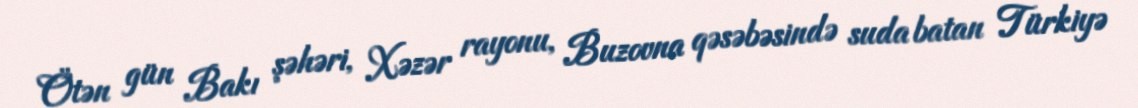
Ötən gün Bakı şəhəri, Xəzər rayonu, Buzovna qəsəbəsində suda batan Türkiyə